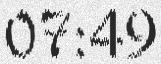
07:49